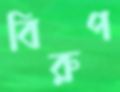
বিরুপ